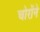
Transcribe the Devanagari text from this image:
चोरोंने